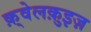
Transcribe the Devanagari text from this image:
क़्वेलक़ुइज़